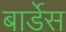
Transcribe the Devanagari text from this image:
बार्डेस